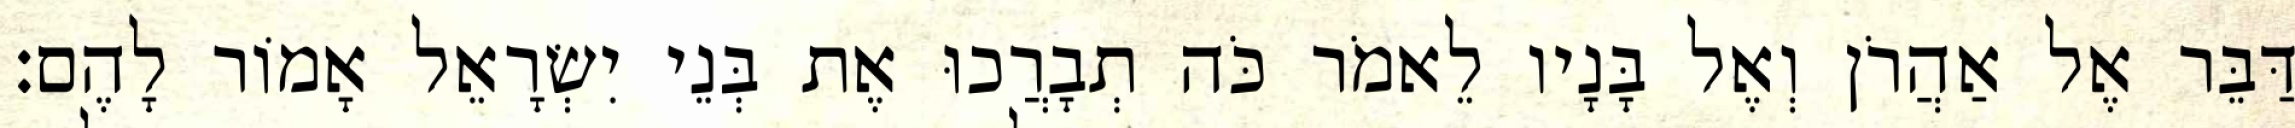
דַּבֵּר אֶל אַהֲרֹן וְאֶל בָּנָיו לֵאמֹר כֹּה תְבָרֲכוּ אֶת בְּנֵי יִשְׂרָאֵל אָמוֹר לָהֶם׃